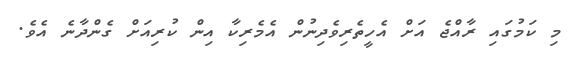
މި ކަމުގައި ރާއްޖެ އަށް އެހީތެރިވެދިނުން އެމެރިކާ އިން ކުރިއަށް ގެންދާނެ އެވެ.